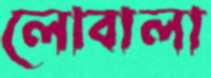
লোবালা